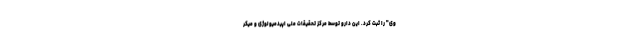
وی" را ثبت کرد. این دارو توسط مرکز تحقیقات ملی اپیدمیولوژی و میکر